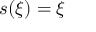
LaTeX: s ( \xi ) = \xi